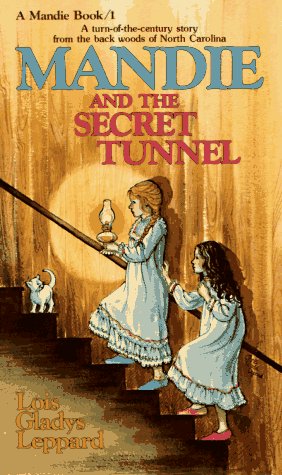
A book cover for Mandie and the Secret Tunnel (Mandie, Book 1); Lois Gladys Leppard; Religion & Spirituality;